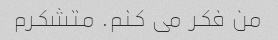
من فکر می کنم. متشکرم